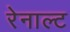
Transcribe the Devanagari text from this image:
रेनाल्ट